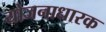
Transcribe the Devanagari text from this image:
योजनाधारक